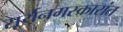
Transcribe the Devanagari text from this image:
सूर्यनमस्कारांत